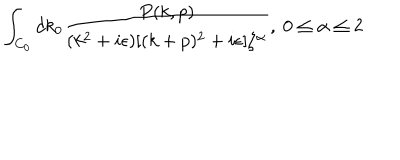
\int _ { C _ { 0 } } d k _ { 0 } { \frac { P ( k , p ) } { ( k ^ { 2 } + i \epsilon ) [ ( k + p ) ^ { 2 } + i \epsilon ] \zeta ^ { \alpha } } } , \ 0 \leq \alpha \leq 2